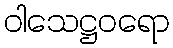
ဝါသေဋ္ဌဝရော